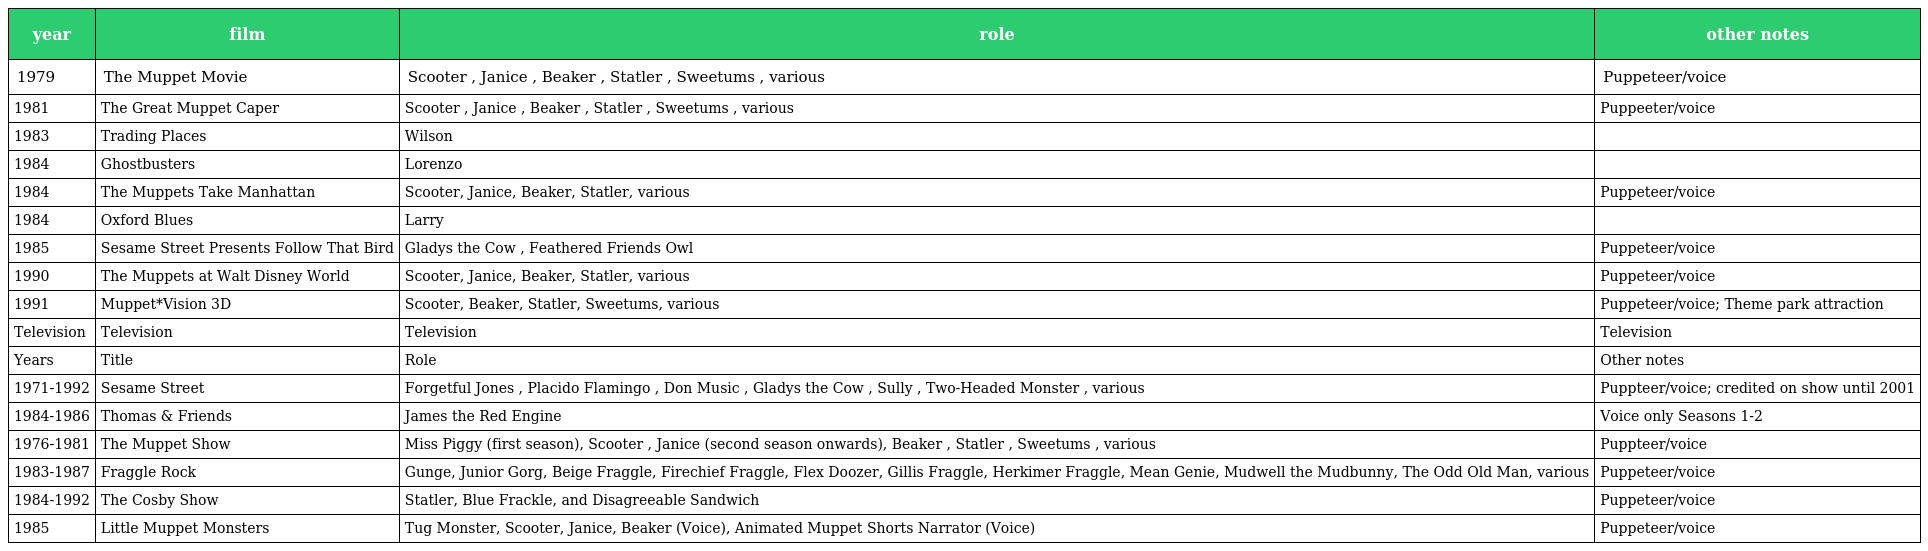
| year | film | role | other notes |
 | --- | --- | --- | --- |
 | 1979 | The Muppet Movie | Scooter , Janice , Beaker , Statler , Sweetums , various | Puppeteer/voice |
 | 1981 | The Great Muppet Caper | Scooter , Janice , Beaker , Statler , Sweetums , various | Puppeeter/voice |
 | 1983 | Trading Places | Wilson |  |
 | 1984 | Ghostbusters | Lorenzo |  |
 | 1984 | The Muppets Take Manhattan | Scooter, Janice, Beaker, Statler, various | Puppeteer/voice |
 | 1984 | Oxford Blues | Larry |  |
 | 1985 | Sesame Street Presents Follow That Bird | Gladys the Cow , Feathered Friends Owl | Puppeteer/voice |
 | 1990 | The Muppets at Walt Disney World | Scooter, Janice, Beaker, Statler, various | Puppeteer/voice |
 | 1991 | Muppet*Vision 3D | Scooter, Beaker, Statler, Sweetums, various | Puppeteer/voice; Theme park attraction |
 | Television | Television | Television | Television |
 | Years | Title | Role | Other notes |
 | 1971-1992 | Sesame Street | Forgetful Jones , Placido Flamingo , Don Music , Gladys the Cow , Sully , Two-Headed Monster , various | Puppteer/voice; credited on show until 2001 |
 | 1984-1986 | Thomas & Friends | James the Red Engine | Voice only Seasons 1-2 |
 | 1976-1981 | The Muppet Show | Miss Piggy (first season), Scooter , Janice (second season onwards), Beaker , Statler , Sweetums , various | Puppteer/voice |
 | 1983-1987 | Fraggle Rock | Gunge, Junior Gorg, Beige Fraggle, Firechief Fraggle, Flex Doozer, Gillis Fraggle, Herkimer Fraggle, Mean Genie, Mudwell the Mudbunny, The Odd Old Man, various | Puppeteer/voice |
 | 1984-1992 | The Cosby Show | Statler, Blue Frackle, and Disagreeable Sandwich | Puppeteer/voice |
 | 1985 | Little Muppet Monsters | Tug Monster, Scooter, Janice, Beaker (Voice), Animated Muppet Shorts Narrator (Voice) | Puppeteer/voice |